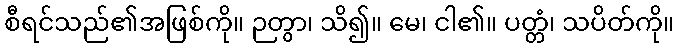
စီရင်သည်၏အဖြစ်ကို။ ဉတွာ၊ သိ၍။ မေ၊ ငါ၏။ ပတ္တံ၊ သပိတ်ကို။